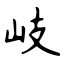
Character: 岐